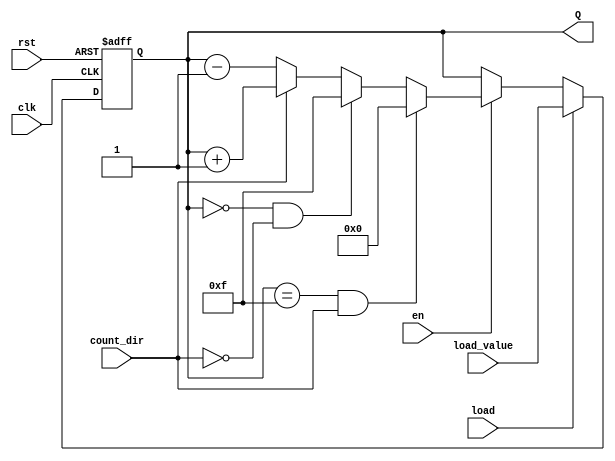
module binary_counter (
    input wire clk,          // Clock signal
    input wire rst,          // Asynchronous reset
    input wire en,           // Enable counting
    input wire load,         // Load signal
    input wire [3:0] load_value, // Value to load into the counter when load is high
    input wire count_dir,    // Count direction: 1 for up, 0 for down
    output reg [3:0] Q       // Counter output
);
    
    // On reset, set the counter to zero
    always @(posedge clk or posedge rst) begin
        if (rst) begin
            Q <= 4'b0000; // Reset the counter to zero
        end else if (load) begin
            Q <= load_value; // Load the specified value into the counter
        end else if (en) begin
            // Count up or down based on count_dir
            if (count_dir) begin
                Q <= Q + 1; // Increment count
            end else begin
                Q <= Q - 1; // Decrement count
            end
            
            // Wrap around conditions for 4-bit counter
            if (Q == 4'b1111 && count_dir) begin
                Q <= 4'b0000; // Wrap around from maximum value to zero
            end else if (Q == 4'b0000 && !count_dir) begin
                Q <= 4'b1111; // Wrap around from zero to maximum value
            end
        end
        // If enable is low, retain the current value of Q
    end
endmodule